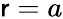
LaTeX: \mathsf{r}=a